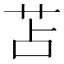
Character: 苫